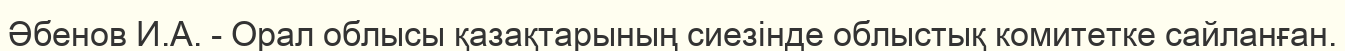
Әбенов И.А. - Орал облысы қазақтарының сиезінде облыстық комитетке сайланған.